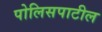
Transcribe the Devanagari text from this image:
पोलिसपाटील